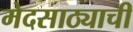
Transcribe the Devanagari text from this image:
मेदसाठ्याची